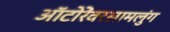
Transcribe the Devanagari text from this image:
ऑटोरेंवरसामलुंग